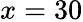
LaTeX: x=30